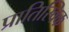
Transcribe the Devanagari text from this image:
प्रातिस्विक